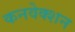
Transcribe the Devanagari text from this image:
कनवेक्शन